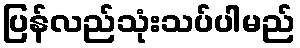
ပြန်လည်သုံးသပ်ပါမည်